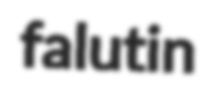
falutin